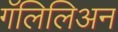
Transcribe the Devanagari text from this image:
गॅलिलिअन